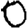
Digit: 0